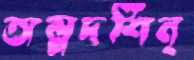
অল্পদর্শিন্